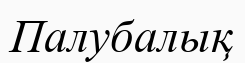
Палубалық